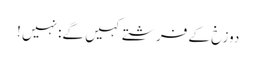
دوزخ کے فرشتے کہیں گے: نہیں !